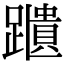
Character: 𨆨